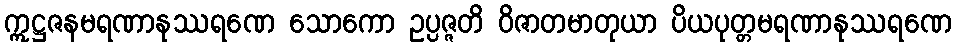
ဣဋ္ဌဇနမရဏာနုဿရဏေ သောကော ဥပ္ပဇ္ဇတိ ဝိဇာတမာတုယာ ပိယပုတ္တမရဏာနုဿရဏေ